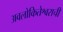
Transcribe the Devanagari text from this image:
अवलोकितेश्वराची